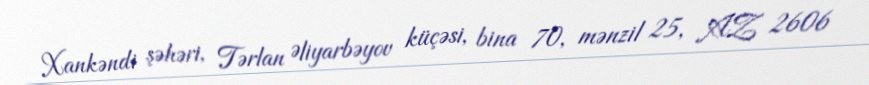
Xankəndi şəhəri, Tərlan Əliyarbəyov küçəsi, bina 70, mənzil 25, AZ 2606